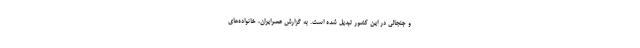
و جنجالی در این کشور تبدیل شده است. به گزارش عصرایران، خانواده‌های